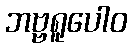
ဘဗ္ဗရူပေါဝ